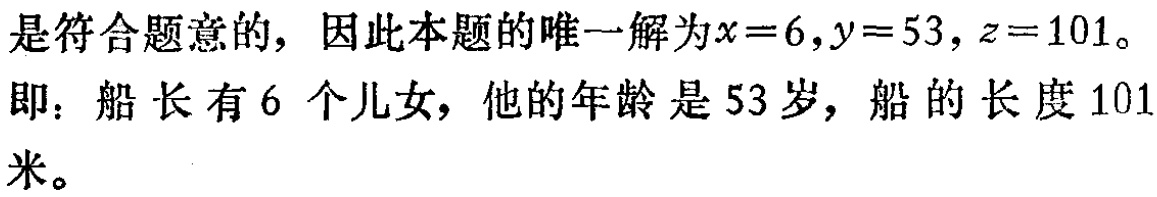
是符合题意的，因此本题的唯一解为\(x = 6,y = 53,z = 101\)。

即：船长有\(6\)个儿女，他的年龄是\(53\)岁，船的长度\(101\)米。